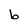
Character: b